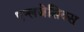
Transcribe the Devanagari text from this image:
एन्लजेसिक्स